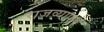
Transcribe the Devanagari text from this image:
राजव्यापार